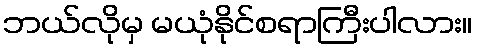
ဘယ်လိုမှ မယုံနိုင်စရာကြီးပါလား။